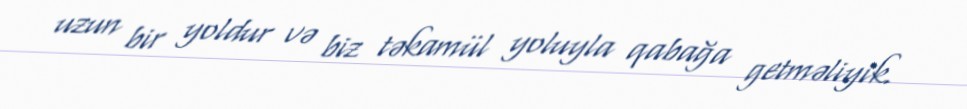
uzun bir yoldur və biz təkamül yoluyla qabağa getməliyik.